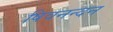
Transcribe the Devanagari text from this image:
षिवनन्दन